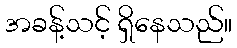
အခန့်သင့် ရှိနေသည်။